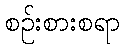
စဉ်းစားစရာ